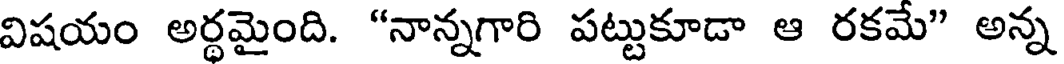
విషయం అర్థమైంది. "నాన్నగారి పట్టుకూడా ఆ రకమే" అన్న